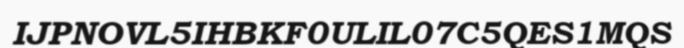
IJPNOVL5IHBKF0ULIL07C5QES1MQS